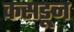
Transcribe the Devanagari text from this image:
कसडून